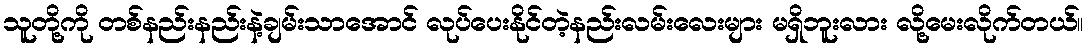
သူတို့ကို တစ်နည်းနည်းနဲ့ချမ်းသာအောင် လုပ်ပေးနိုင်တဲ့နည်းလမ်းလေးများ မရှိဘူးလား လို့မေးလိုက်တယ်။